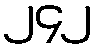
၂၄၂